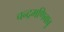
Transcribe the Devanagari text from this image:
चन्द्रमणिबाबु